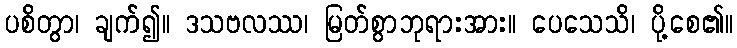
ပစိတွာ၊ ချက်၍။ ဒသဗလဿ၊ မြတ်စွာဘုရားအား။ ပေသေသိ၊ ပို့စေ၏။